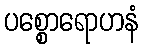
ပစ္စောရောဟနံ